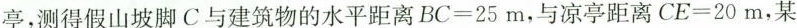
亭，测得假山坡脚C与建筑物的水平距离$$B C = 2 5 m$$，与凉亭距离$$C E = 2 0 m，某